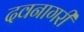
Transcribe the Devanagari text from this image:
दवनागरी